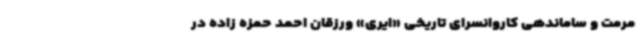
مرمت و ساماندهی کاروانسرای تاریخی «ایری» ورزقان احمد حمزه زاده در